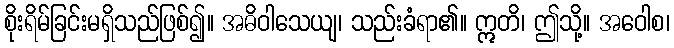
စိုးရိမ်ခြင်းမရှိသည်ဖြစ်၍။ အဓိဝါသေယျ၊ သည်းခံရာ၏။ ဣတိ၊ ဤသို့။ အဝေါစ၊